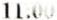
11:00